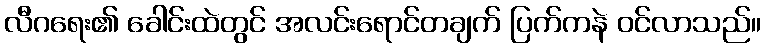
လီဂရေး၏ ခေါင်းထဲတွင် အလင်းရောင်တချက် ပြက်ကနဲ ဝင်လာသည်။